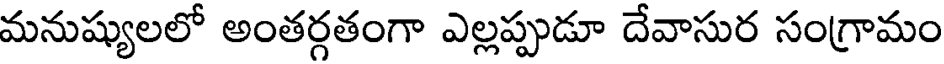
మనుష్యులలో అంతర్గతంగా ఎల్లప్పుడూ దేవాసుర సంగ్రామం